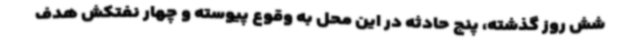
شش روز گذشته، پنج حادثه در این محل به وقوع پیوسته و چهار نفتکش هدف